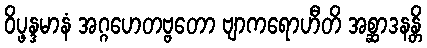
ဝိပ္ဖန္ဒမာနံ အဂ္ဂဟေတဗ္ဗတော ဗျာကရောဟီတိ အစ္ဆာဒနန္တိ